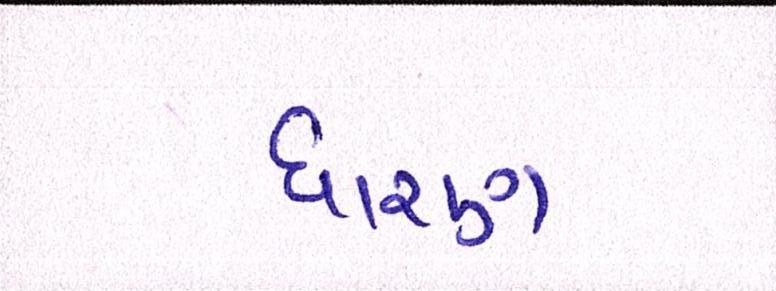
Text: ધારણ